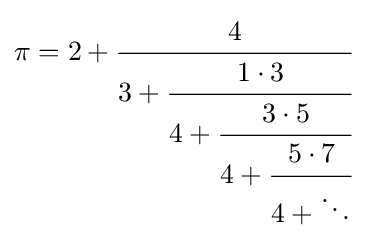
\displaystyle \pi =2+{\cfrac {4}{3+{\cfrac {1\cdot 3}{4+{\cfrac {3\cdot 5}{4+{\cfrac {5\cdot 7}{4+\ddots }}}}}}}}